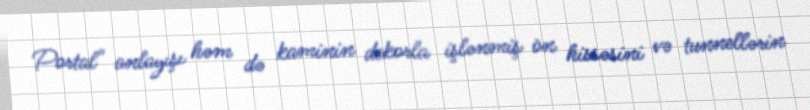
Portal" anlayışı həm də kaminin dekorla işlənmiş ön hissəsini və tunnellərin